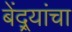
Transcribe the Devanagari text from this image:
बेंद्र्यांचा